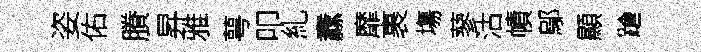
姿佑賸昇雅萼叩糺纛靡裹塲蓼沽幘鄔顯蹌